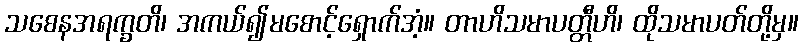
သစေနအရက္ခတိ၊ အကယ်၍မစောင့်ရှောက်အံ့။ တာဟိသမာပတ္တီဟိ၊ ထိုသမာပတ်တို့မှ။